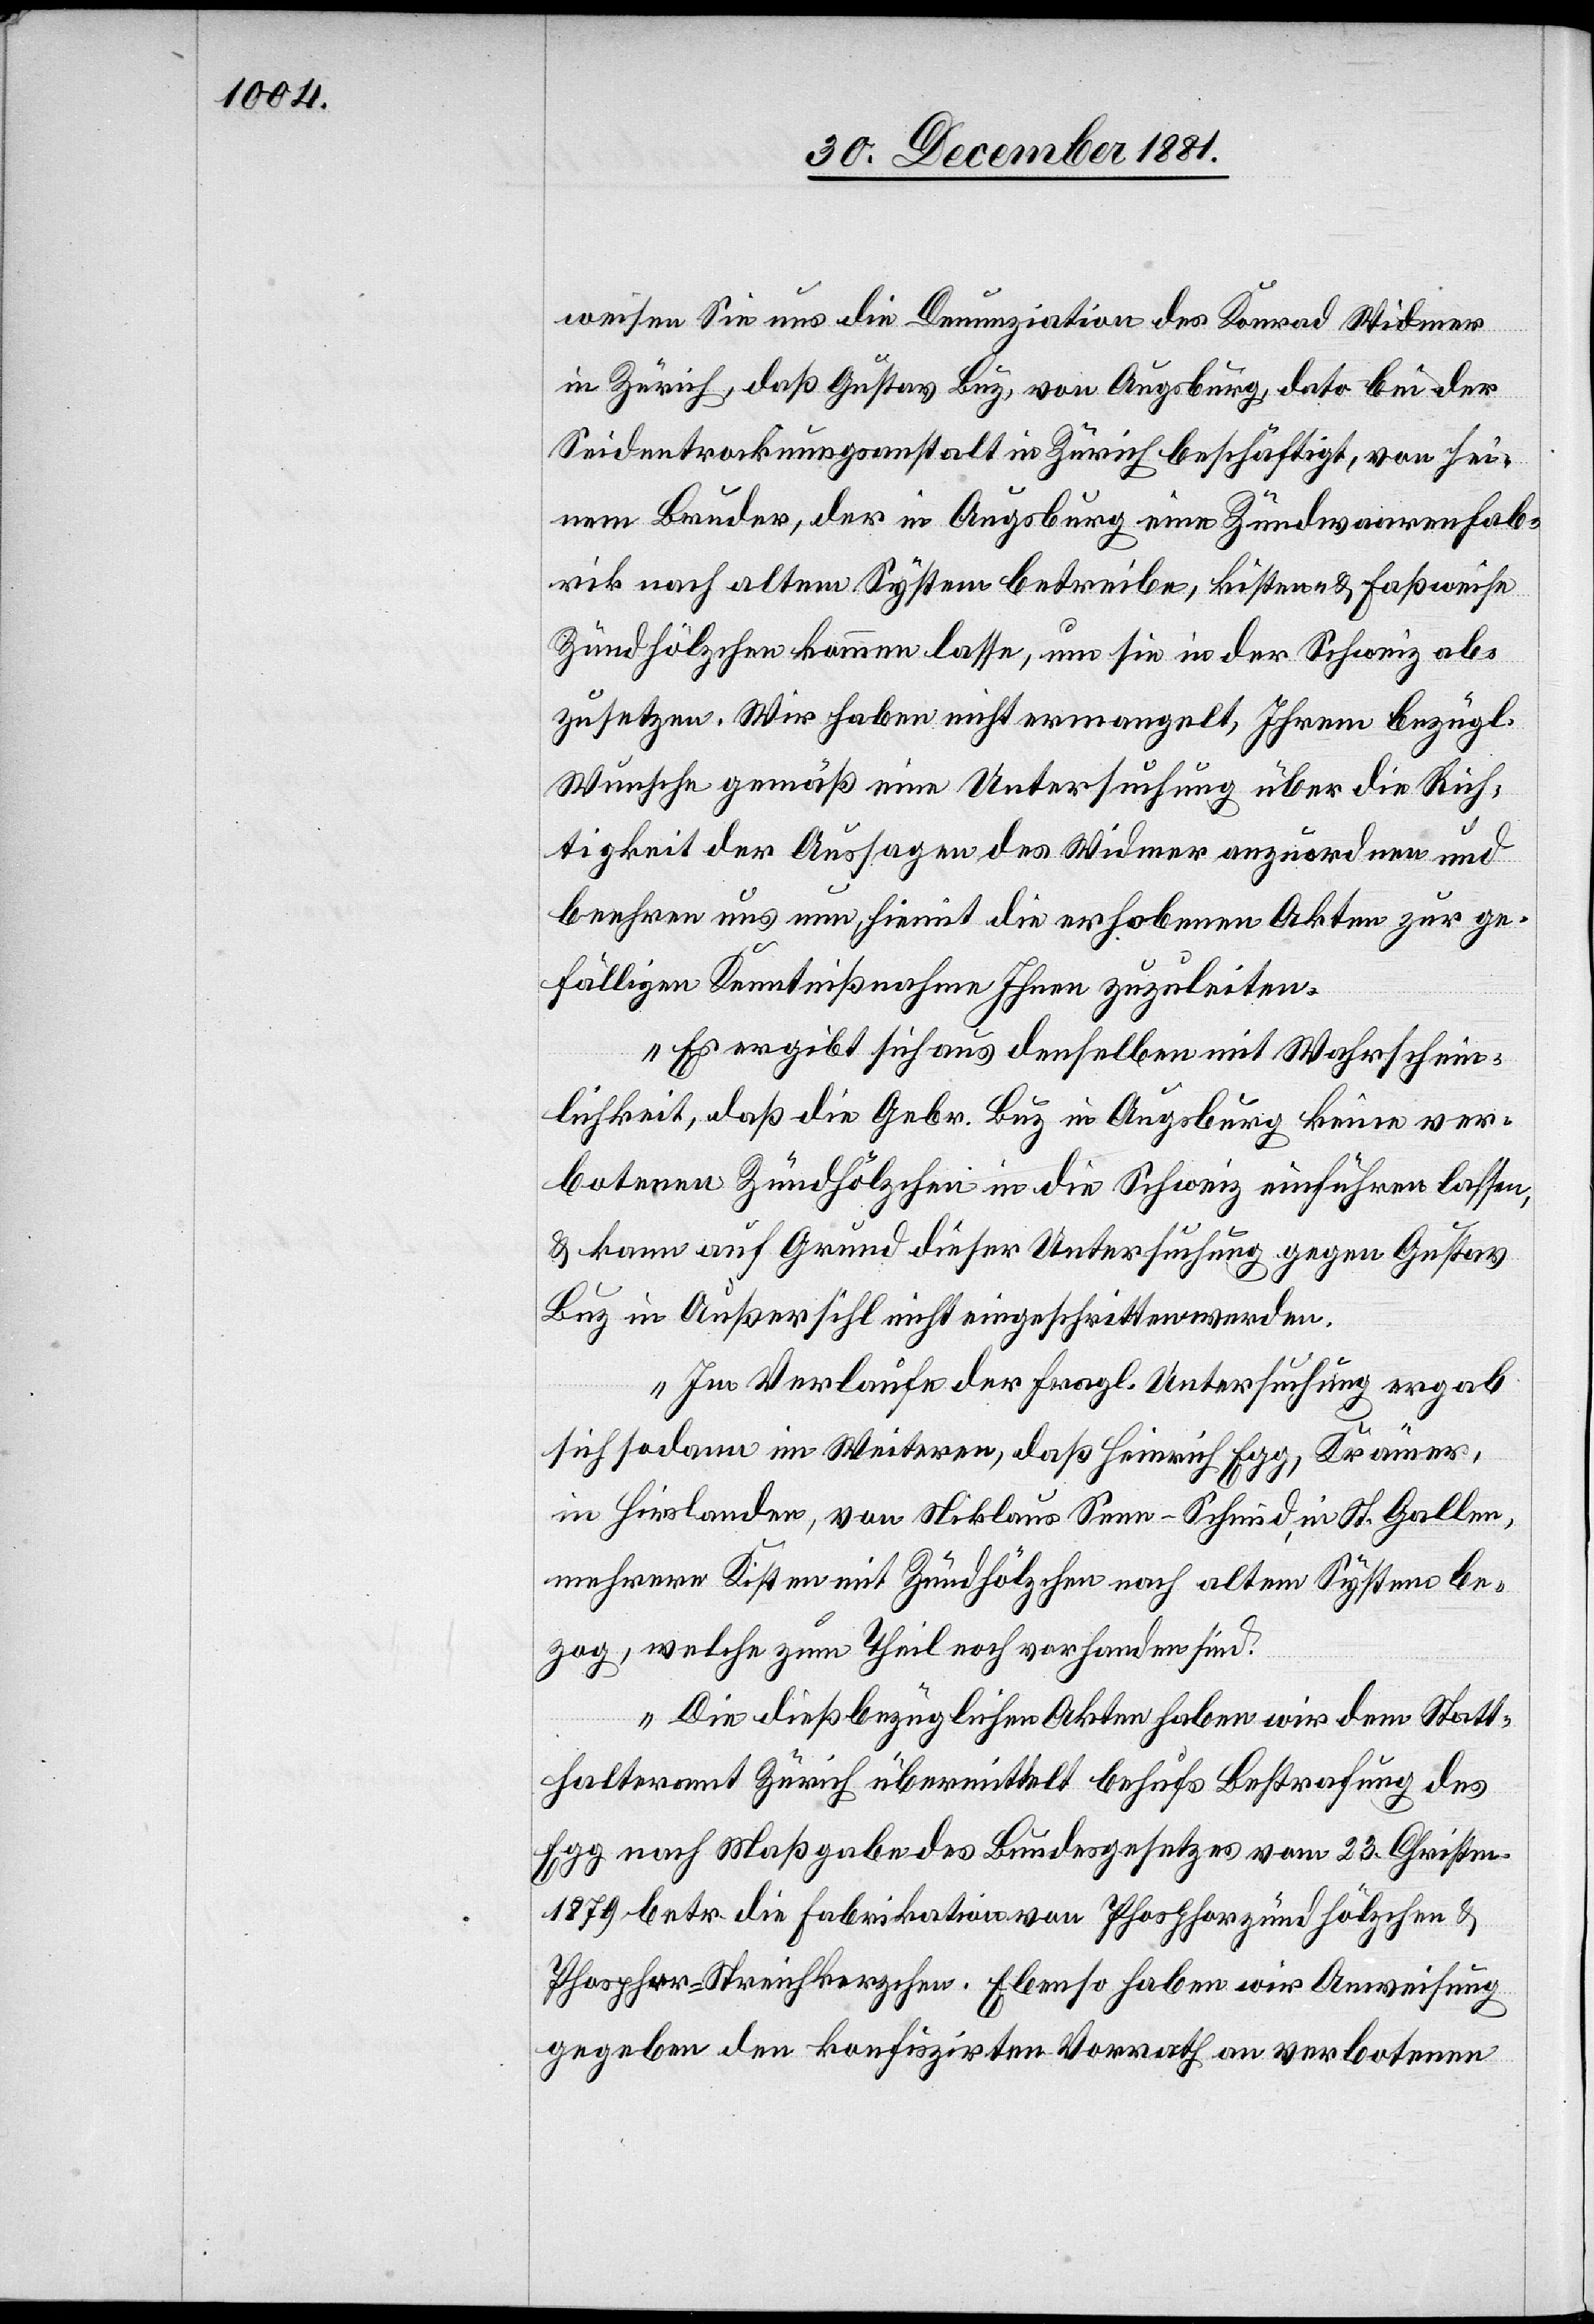
weisen Sie uns die Denunziation des Konrad Widmer
in Zürich, daß Gustav Luz, von Augsburg, dato bei der
Seidentrocknungsanstalt in Zürich beschäftigt, von sei¬
nem Bruder, der in Augsburg eine Zündholzwaarenfab¬
rik nach altem System betreibe, kisten- & faßweise
Zündhölzchen kommen lasse, um sie in der Schweiz ab¬
zusetzen. Wir haben nicht ermangelt, Ihrem bezügl.
Wunsche gemäß eine Untersuchung über die Rich¬
tigkeit der Aussagen des Widmer anzuordnen und
beehren uns nun, hiemit die erhobenen Akten zur ge¬
fälligen Kenntnißnahme Ihnen zuzuleiten.
Es ergibt sich aus denselben mit Wahrschein¬
lichkeit, daß die Gebr. Luz in Augsburg keine ver¬
botenen Zündhölzchen in die Schweiz einführen lassen,
& kann auf Grund dieser Untersuchung gegen Gustav
Luz in Außersihl nicht eingeschritten werden.
Im Verlaufe der fragl. Untersuchung ergab
sich sodann im Weiteren, daß Heinrich Egg, Krämer,
in Hirslanden, von Niklaus Senn-Schmid, in St. Gallen,
mehrere Kisten mit Zündhölzchen nach altem System be¬
zog, welche zum Theil noch vorhanden sind.
Die dießbezüglichen Akten haben wir dem Statt¬
halteramt Zürich übermittelt behufs Bestrafung des
Egg nach Maßgabe des Bundesgesetzes vom 23. Christm.
1879 betr. die Fabrikation von Phosphorzündhölzchen &
Phosphor-Streichkerzchen. Ebenso haben wir Anweisung
gegeben den konfiszirten Vorrath an verbotenen